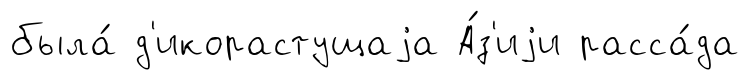
была́ д'икорастущаjа А́з'иjи расса́да